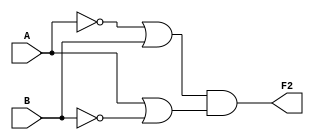
module circuit2(
    input A,
    input B,
    output F2
    );
    assign F2 = (~A|B)&(A|~B);
endmodule